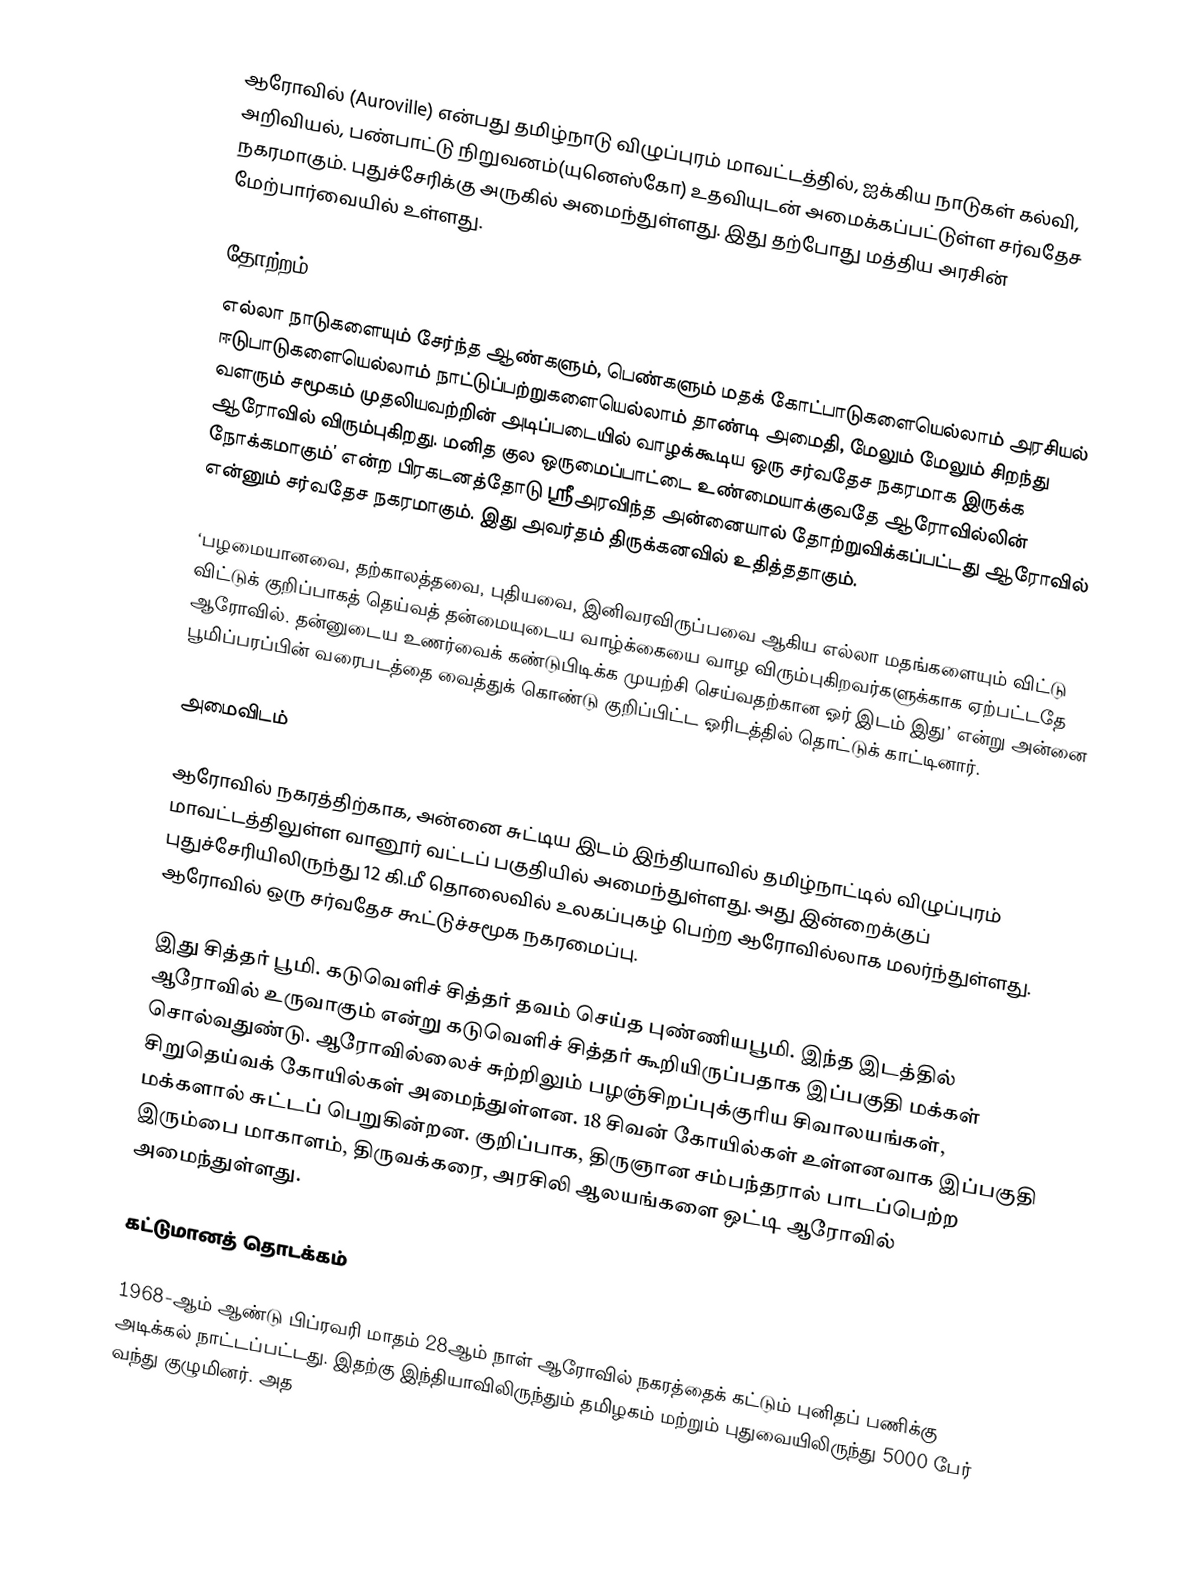
ஆரோவில் (Auroville) என்பது தமிழ்நாடு விழுப்புரம் மாவட்டத்தில், ஐக்கிய நாடுகள் கல்வி, அறிவியல், பண்பாட்டு நிறுவனம்(யுனெஸ்கோ) உதவியுடன் அமைக்கப்பட்டுள்ள சர்வதேச நகரமாகும். புதுச்சேரிக்கு அருகில் அமைந்துள்ளது. இது தற்போது மத்திய அரசின் மேற்பார்வையில் உள்ளது.

தோற்றம்
எல்லா நாடுகளையும் சேர்ந்த ஆண்களும், பெண்களும் மதக் கோட்பாடுகளையெல்லாம் அரசியல் ஈடுபாடுகளையெல்லாம் நாட்டுப்பற்றுகளையெல்லாம் தாண்டி அமைதி, மேலும் மேலும் சிறந்து வளரும் சமூகம் முதலியவற்றின் அடிப்படையில் வாழக்கூடிய ஒரு சர்வதேச நகரமாக இருக்க ஆரோவில் விரும்புகிறது. மனித குல ஒருமைப்பாட்டை உண்மையாக்குவதே ஆரோவில்லின் நோக்கமாகும்’ என்ற பிரகடனத்தோடு ஸ்ரீஅரவிந்த அன்னையால் தோற்றுவிக்கப்பட்டது ஆரோவில் என்னும் சர்வதேச நகரமாகும். இது அவர்தம் திருக்கனவில் உதித்ததாகும்.

‘பழமையானவை, தற்காலத்தவை, புதியவை, இனிவரவிருப்பவை ஆகிய எல்லா மதங்களையும் விட்டு விட்டுக் குறிப்பாகத் தெய்வத் தன்மையுடைய வாழ்க்கையை வாழ விரும்புகிறவர்களுக்காக ஏற்பட்டதே ஆரோவில். தன்னுடைய உணர்வைக் கண்டுபிடிக்க முயற்சி செய்வதற்கான ஓர் இடம் இது’ என்று அன்னை பூமிப்பரப்பின் வரைபடத்தை வைத்துக் கொண்டு குறிப்பிட்ட ஓரிடத்தில் தொட்டுக் காட்டினார்.

அமைவிடம்

ஆரோவில் நகரத்திற்காக, அன்னை சுட்டிய இடம் இந்தியாவில் தமிழ்நாட்டில் விழுப்புரம் மாவட்டத்திலுள்ள வானூர் வட்டப் பகுதியில் அமைந்துள்ளது. அது இன்றைக்குப் புதுச்சேரியிலிருந்து 12 கி.மீ தொலைவில் உலகப்புகழ் பெற்ற ஆரோவில்லாக மலர்ந்துள்ளது. ஆரோவில் ஒரு சர்வதேச கூட்டுச்சமூக நகரமைப்பு.

இது சித்தர் பூமி. கடுவெளிச் சித்தர் தவம் செய்த புண்ணியபூமி. இந்த இடத்தில் ஆரோவில் உருவாகும் என்று கடுவெளிச் சித்தர் கூறியிருப்பதாக இப்பகுதி மக்கள் சொல்வதுண்டு. ஆரோவில்லைச் சுற்றிலும் பழஞ்சிறப்புக்குரிய சிவாலயங்கள், சிறுதெய்வக் கோயில்கள் அமைந்துள்ளன. 18 சிவன் கோயில்கள் உள்ளனவாக இப்பகுதி மக்களால் சுட்டப் பெறுகின்றன. குறிப்பாக, திருஞான சம்பந்தரால் பாடப்பெற்ற இரும்பை மாகாளம், திருவக்கரை, அரசிலி ஆலயங்களை ஒட்டி ஆரோவில் அமைந்துள்ளது.

கட்டுமானத் தொடக்கம்

1968-ஆம் ஆண்டு பிப்ரவரி மாதம் 28ஆம் நாள் ஆரோவில் நகரத்தைக் கட்டும் புனிதப் பணிக்கு அடிக்கல் நாட்டப்பட்டது. இதற்கு இந்தியாவிலிருந்தும் தமிழகம் மற்றும் புதுவையிலிருந்து 5000 பேர் வந்து குழுமினர். அத